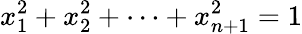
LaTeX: x_{1}^{2}+x_{2}^{2}+\cdots+x_{n+1}^{2}=1